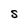
Character: S